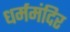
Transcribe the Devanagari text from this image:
धर्ममंदिर